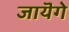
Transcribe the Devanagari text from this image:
जायॆगे